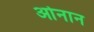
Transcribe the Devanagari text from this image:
ओनान